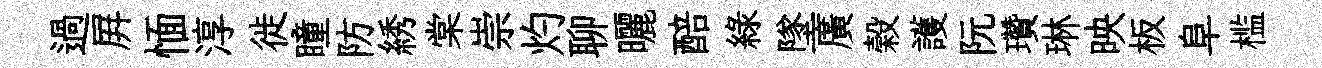
過屛愐淳徙瞳防綉棠崇灼聊曬醅緑墜廣榖護阮瓚琳映板阜槛